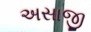
અસાજી